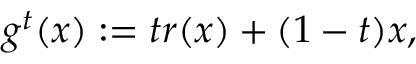
g ^ { t } ( x ) : = t r ( x ) + ( 1 - t ) x ,